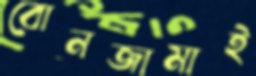
বোনজামাই